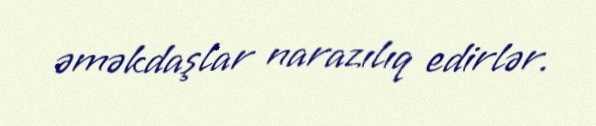
əməkdaşlar narazılıq edirlər.